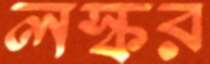
লস্কর